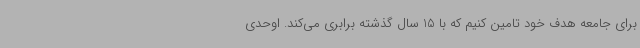
برای جامعه هدف خود تامین کنیم که با 15 سال گذشته برابری می‌کند. اوحدی